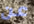
عن